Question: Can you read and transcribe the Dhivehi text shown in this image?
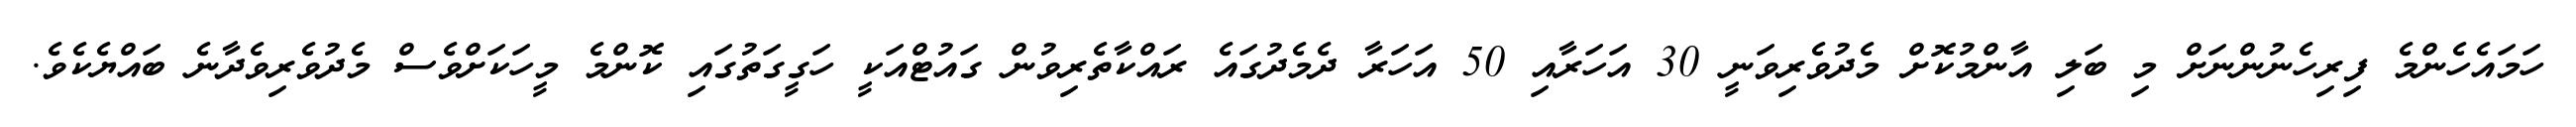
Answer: ހަމައެހެންމެ ފިރިހެނުންނަށް މި ބަލި އާންމުކޮށް މެދުވެރިވަނީ 30 އަހަރާއި 50 އަހަރާ ދެމެދުގައެ ރައްކާތެރިވުން ގައުޓްއަކީ ހަގީގަތުގައި ކޮންމެ މީހަކަށްވެސް މެދުވެރިވެދާނެ ބައްޔެކެވެ.